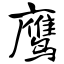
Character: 鹰